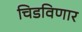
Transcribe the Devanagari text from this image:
चिडविणार